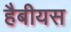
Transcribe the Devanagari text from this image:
हैबीयस